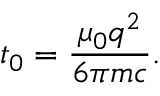
t _ { 0 } = { \frac { \mu _ { 0 } q ^ { 2 } } { 6 \pi m c } } .